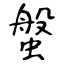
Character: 螌